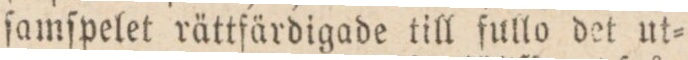
ſamſpelet rättfärdigade till fullo det ut=